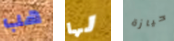
هب لها حيازة